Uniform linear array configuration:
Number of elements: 64
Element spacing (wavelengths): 0.25
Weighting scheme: exponential
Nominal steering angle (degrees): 60
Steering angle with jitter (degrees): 59.156
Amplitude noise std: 0.05
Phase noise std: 0.05

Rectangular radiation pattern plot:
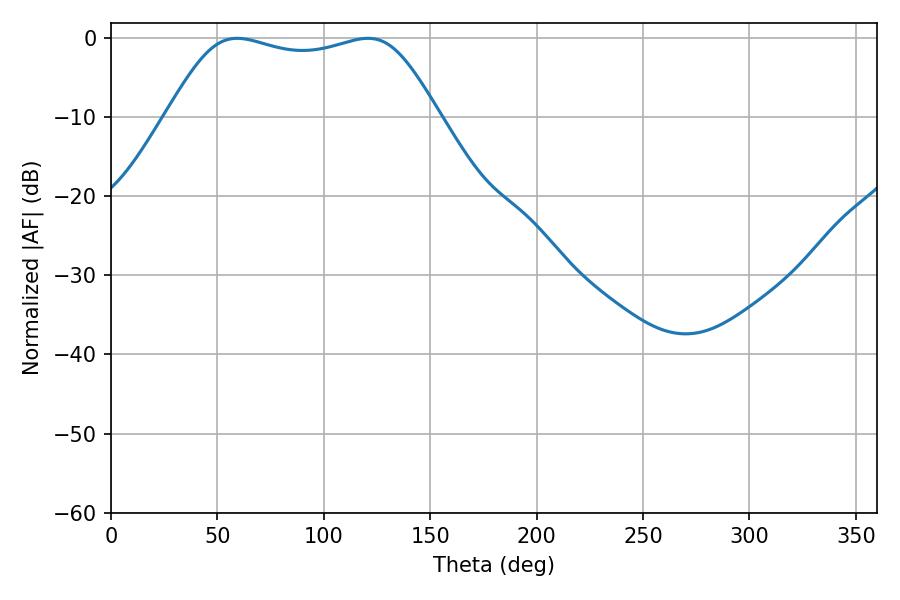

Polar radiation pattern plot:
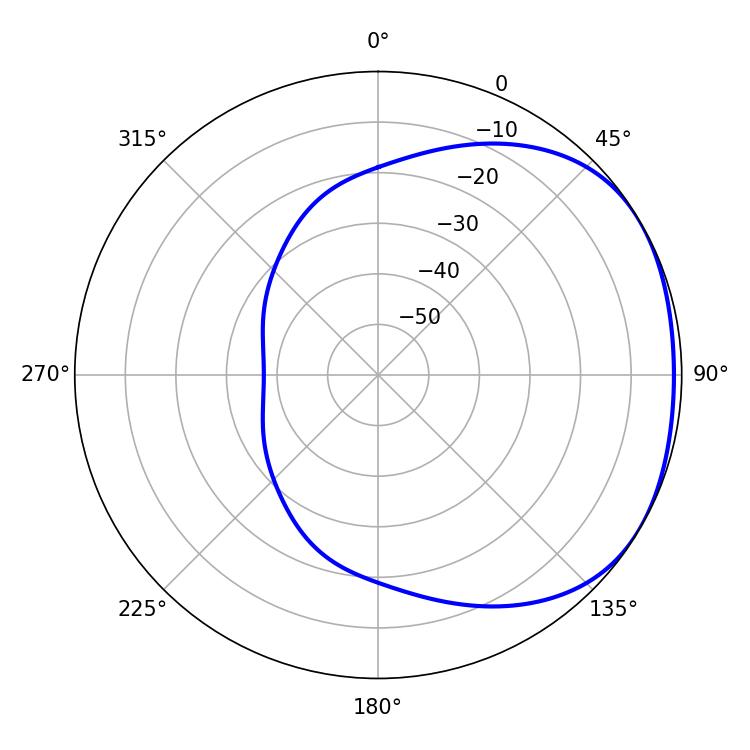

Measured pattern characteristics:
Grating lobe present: FALSE
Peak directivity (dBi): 1.732
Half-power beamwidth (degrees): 97.56
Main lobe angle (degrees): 59.22